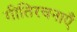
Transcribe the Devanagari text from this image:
गीतिरचनाएँ